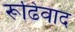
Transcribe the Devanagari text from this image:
रूढिवाद